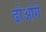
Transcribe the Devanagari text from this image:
ढोओगे